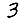
Digit: 3